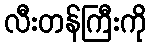
လီးတန်ကြီးကို